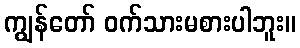
ကျွန်တော် ဝက်သားမစားပါဘူး။